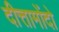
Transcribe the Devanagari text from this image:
दीत्तामोंदो